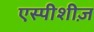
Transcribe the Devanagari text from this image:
एस्पीशीज़